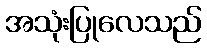
အသုံးပြုလေသည်